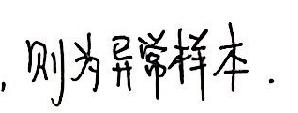
, 则为异常样本 .